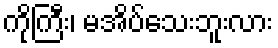
ကိုကြီး၊ မအိပ်သေးဘူးလား